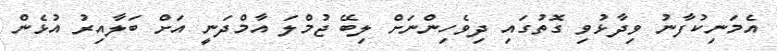
އެމަނިކުފާނު ވިދާޅުވި ގޮތުގައި ދިވެހިންނަށް ލިބޭ ޖުމްލަ އާމްދަނީ އަށް ބަލާއިރުު އުޅެން